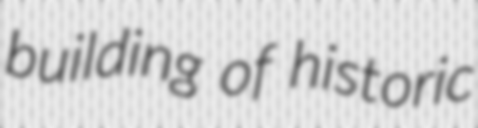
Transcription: building of historic